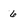
Character: 6